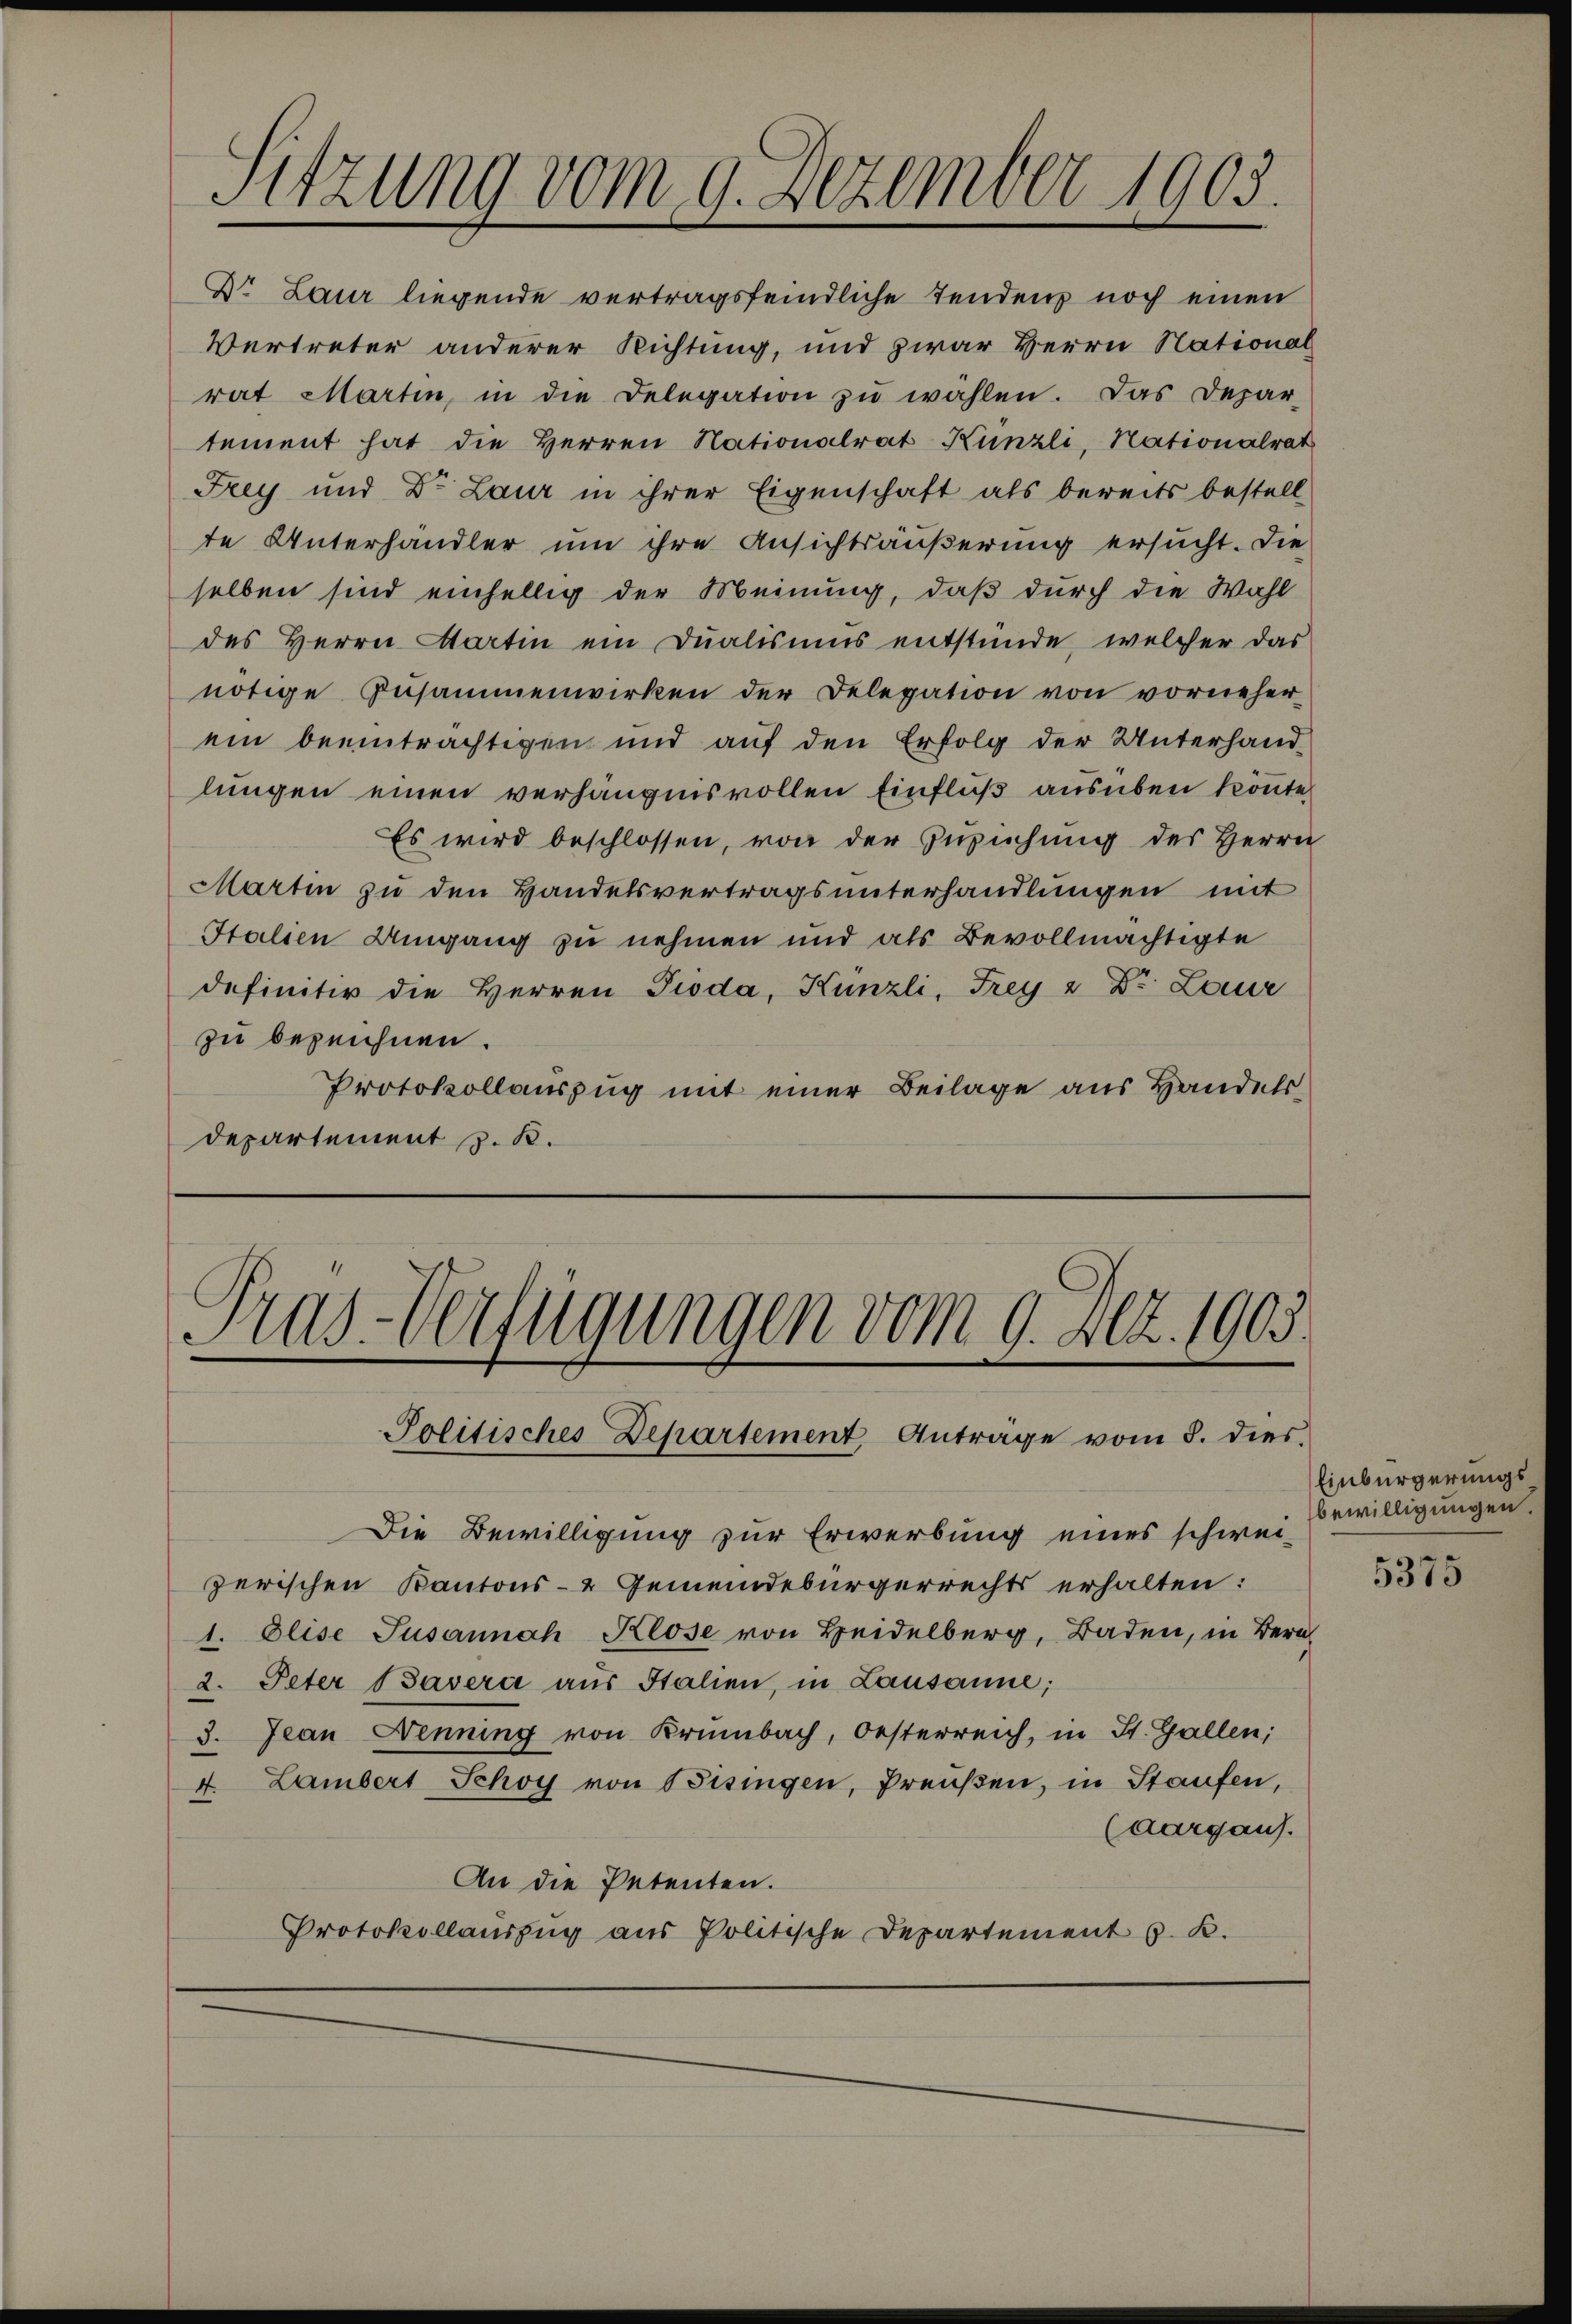
Sitzung vom 9. Dezember 1905.

Dr. Laur liegende vertragsfeindliche Tendenz noch einen
Vertreter anderer Richtung, und zwar Herrn National
rat Martin, in die Delegation zŭ wählen. Das Depar-
tement hat die Herren Nationalrat Künzli, Nationalrat
Frey und Dr. Laur in ihrer Eigenschaft als bereits bestell
te Unterhandler um ihre Ansichtsäußerung ersucht. Die
selben sind einhellig der Meinung, daß durch die Wahl
des Herrn Martin ein Dualisums entstünde, welcher das
nötige Zusammenwirken der Delegation von vorneher-
ein beeinträchtigen und auf den Erfolg der Unterhandlungen einen verhängnisvollen Einfluß ausüben könnte
Es wird beschlossen, von der Zuziehung des Herrn
Martin zu den Handelsvertragsunterhandlungen mit
Italien Umgang zu nehmen und als Bevollmächtigte
definitiv die Herren Pioda, Künzli, Frey u Dr. Laur
zu bezeichnen.
Protokollauszug mit einer Beilage aus Handels
departement z. B.

Gras-Verfügungen vom 9. Akt. 1903.
Politisches Departement Anträge vom 8. dies

Die Bewilligung zur Erwerbung eines schwei-
zerischen Kantons- & Gemeindebürgerrechts erhalten:
1. Elise Susannah Klose von Heidelberg, Baden, in Bern,
2. Peter Tavera aus Stalien, in Lausanne;
3. Jean Denning von Krümbach, Oesterreich, in St. Gallen;
4. Lambert Schoy von Bisingen, Preußen, in Staufen,
CAargaus.
An die Petenten.
Protokollaŭszŭg aŭs Politische Departement J. K.

Einbürgerungsbewilligungen

5375